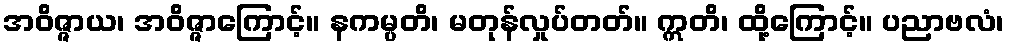
အဝိဇ္ဇာယ၊ အဝိဇ္ဇာကြောင့်။ နကမ္ပတိ၊ မတုန်လှုပ်တတ်။ ဣတိ၊ ထို့ကြောင့်။ ပညာဗလံ၊